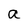
Character: a